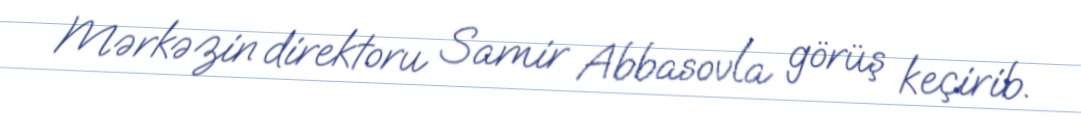
Mərkəzin direktoru Samir Abbasovla görüş keçirib.